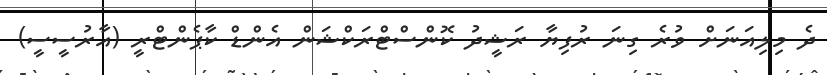
ދެ މިލިއަނަށް ވުރެ ގިނަ ރުފިޔާ ރަޝީދު ކޮންސްޓްރަކްޝަން އެންޑް ކާޕެންޓްރީ (އާރުސީސީ)